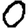
Digit: 0